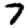
Digit: 7